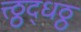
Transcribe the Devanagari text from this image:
त्त्ठ्ठद्धठ्ठ